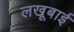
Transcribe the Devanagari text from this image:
लखूबाई